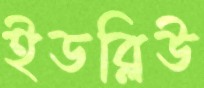
ইডব্লিউ